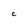
Character: c